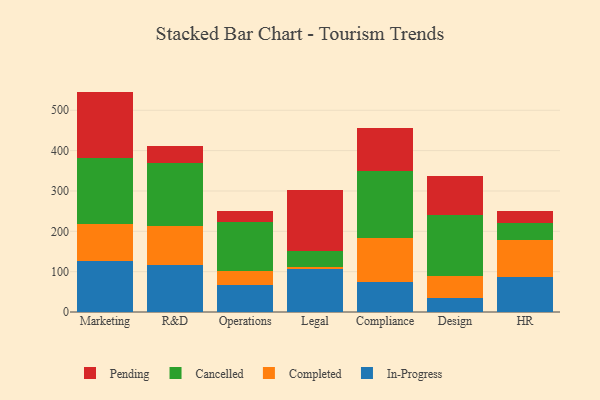
{"axis": {"x": "Department", "y": "Budget (USD K)"}, "legend": ["Cancelled", "Completed", "In-Progress", "Pending"], "data": [{"x": "Marketing", "y": 125.8, "type": "In-Progress"}, {"x": "Marketing", "y": 91.3, "type": "Completed"}, {"x": "Marketing", "y": 164.7, "type": "Cancelled"}, {"x": "Marketing", "y": 164.5, "type": "Pending"}, {"x": "R&D", "y": 115.8, "type": "In-Progress"}, {"x": "R&D", "y": 97.0, "type": "Completed"}, {"x": "R&D", "y": 157.1, "type": "Cancelled"}, {"x": "R&D", "y": 42.5, "type": "Pending"}, {"x": "Operations", "y": 68.1, "type": "In-Progress"}, {"x": "Operations", "y": 32.6, "type": "Completed"}, {"x": "Operations", "y": 123.1, "type": "Cancelled"}, {"x": "Operations", "y": 27.5, "type": "Pending"}, {"x": "Legal", "y": 105.5, "type": "In-Progress"}, {"x": "Legal", "y": 6.2, "type": "Completed"}, {"x": "Legal", "y": 39.0, "type": "Cancelled"}, {"x": "Legal", "y": 152.6, "type": "Pending"}, {"x": "Compliance", "y": 74.9, "type": "In-Progress"}, {"x": "Compliance", "y": 108.1, "type": "Completed"}, {"x": "Compliance", "y": 167.0, "type": "Cancelled"}, {"x": "Compliance", "y": 105.3, "type": "Pending"}, {"x": "Design", "y": 33.9, "type": "In-Progress"}, {"x": "Design", "y": 56.4, "type": "Completed"}, {"x": "Design", "y": 150.0, "type": "Cancelled"}, {"x": "Design", "y": 97.4, "type": "Pending"}, {"x": "HR", "y": 86.4, "type": "In-Progress"}, {"x": "HR", "y": 91.8, "type": "Completed"}, {"x": "HR", "y": 42.6, "type": "Cancelled"}, {"x": "HR", "y": 29.2, "type": "Pending"}]}